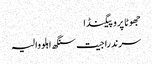
جھوٹا پروپیگنڈا
سرندرا جیت سنگھ اہلووالیہ